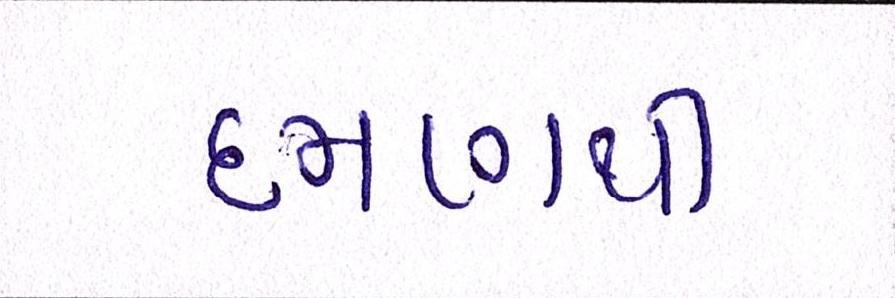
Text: દમણથી